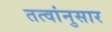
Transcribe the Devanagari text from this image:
तत्वांनुसार